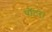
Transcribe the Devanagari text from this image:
पॉटर।